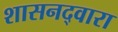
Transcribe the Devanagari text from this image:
शासनद्वारा